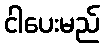
ငါပေးမည်